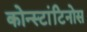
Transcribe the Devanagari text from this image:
कोन्स्टांटिनोस